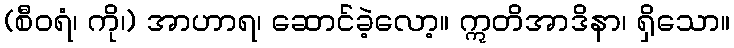
(စီဝရံ၊ ကို၊) အာဟာရ၊ ဆောင်ခဲ့လော့။ ဣတိအာဒိနာ၊ ရှိသော။